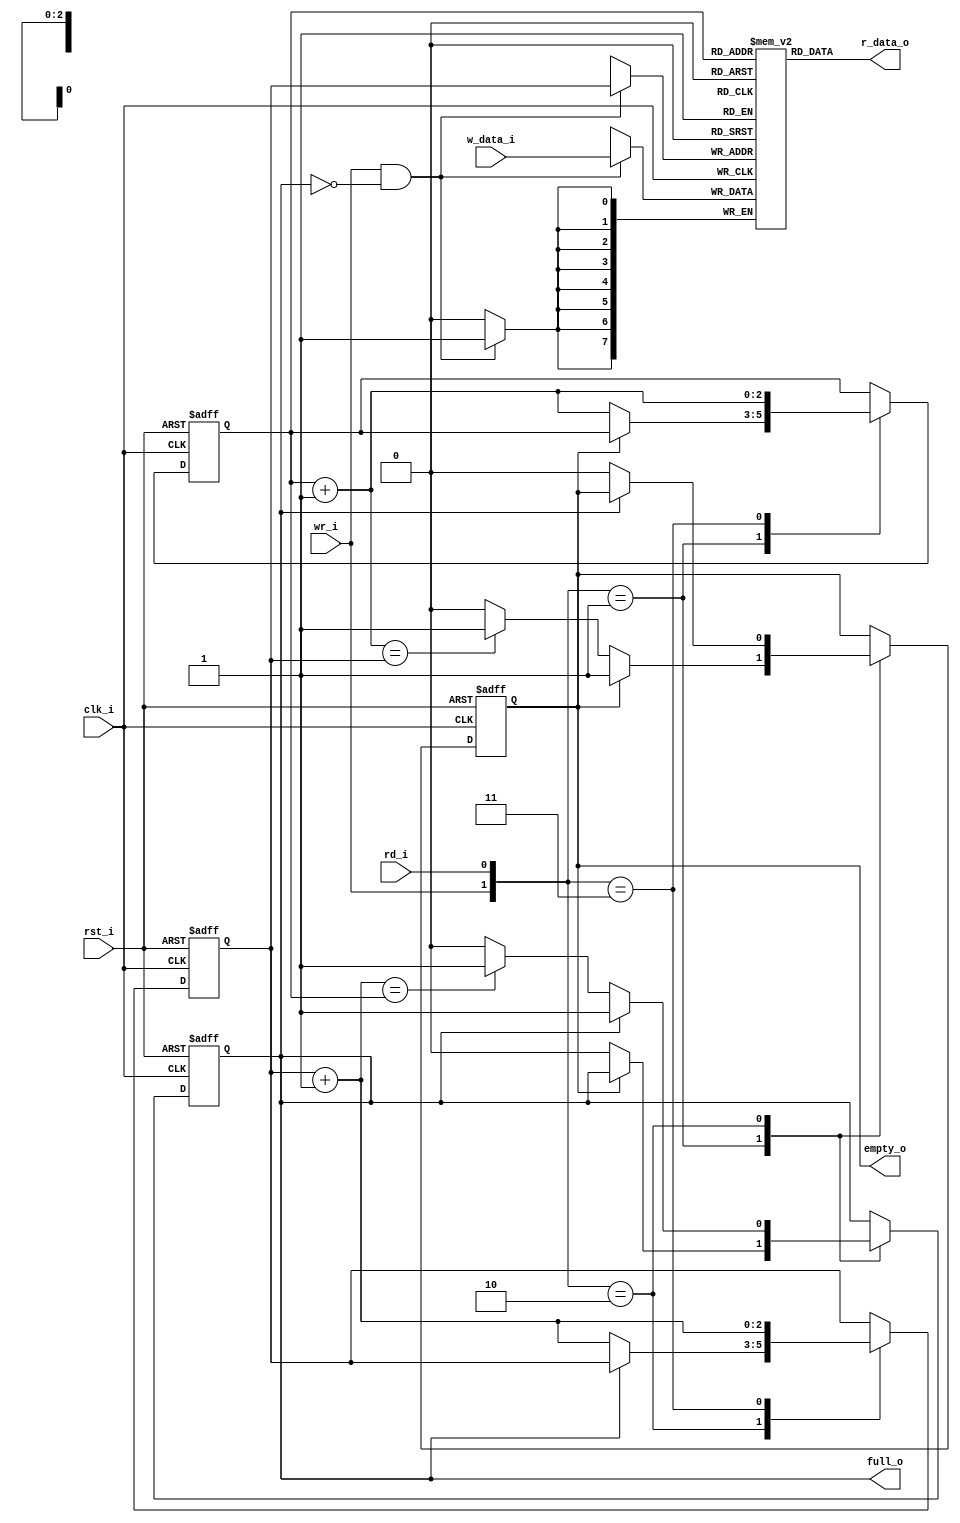
// Name: .v
//
// Description: 

module fifo #(
  parameter Width    = 8,  // number of bits in a word
  parameter AddrBits = 3   // number of address bits
) ( 
  input               clk_i,
  input               rst_i,
  input               wr_i,
  input               rd_i,
  input  [Width-1:0]  w_data_i,
  output [Width-1:0]  r_data_o,
  output              empty_o,
  output              full_o
);

  reg    [Width-1:0] array_reg [2**AddrBits-1:0];          // register array
  reg [AddrBits-1:0] w_ptr_reg, w_ptr_next, w_ptr_succ;
  reg [AddrBits-1:0] r_ptr_reg, r_ptr_next, r_ptr_succ;
  reg                full_reg, full_next;
  reg                empty_reg, empty_next;
  wire               wr_en;

  // register file write operation
  always @(posedge clk_i) begin
    if (wr_en) begin
      array_reg[w_ptr_reg] <= w_data_i;
    end
  end

  // write enable only when FIFO is not full
  assign wr_en = wr_i & ~full_reg;

  // register file read operation
  assign r_data_o = array_reg[r_ptr_reg];

  // register for read and write pointers
  always @(posedge clk_i, posedge rst_i) begin
    if (rst_i) begin
      w_ptr_reg <= 0;
      r_ptr_reg <= 0;
      full_reg  <= 1'b0;
      empty_reg <= 1'b1;
    end else begin
      w_ptr_reg <= w_ptr_next;
      r_ptr_reg <= r_ptr_next;
      full_reg  <= full_next;
      empty_reg <= empty_next;
    end
  end

  // next state logic for read and write pointers
  always @(*) begin
    // successive pointer values
    w_ptr_succ = w_ptr_reg + 1;
    r_ptr_succ = r_ptr_reg + 1;
    // default: keep old values
    w_ptr_next = w_ptr_reg;
    r_ptr_next = r_ptr_reg;
    full_next  = full_reg;
    empty_next = empty_reg;
    case ({wr_i, rd_i})
      // 2'00: no op
      2'b01 : begin // read
                if (~empty_reg) begin // not empty
                  r_ptr_next = r_ptr_succ;
                  full_next = 1'b0;
                  if (r_ptr_succ == w_ptr_reg) begin
                    empty_next = 1'b1;
                  end
                end
              end
      2'b10 : begin // write
                if (~full_reg) begin // not full
                  w_ptr_next = w_ptr_succ;
                  empty_next = 1'b0;
                  if (w_ptr_succ == r_ptr_reg) begin
                    full_next = 1'b1;
                  end
                end
              end
      2'b11 : begin // write and read
                w_ptr_next = w_ptr_succ;
                r_ptr_next = r_ptr_succ;
              end
    endcase
  end

  assign full_o  = full_reg;
  assign empty_o = empty_reg;

  
endmodule